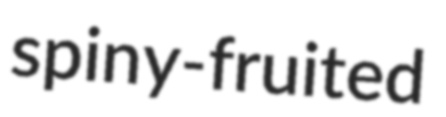
spiny-fruited